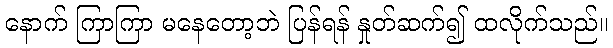
နောက် ကြာကြာ မနေတော့ဘဲ ပြန်ရန် နှုတ်ဆက်၍ ထလိုက်သည်။